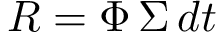
R = \Phi \, \Sigma \, d t